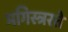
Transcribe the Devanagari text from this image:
मगिस्त्ररते